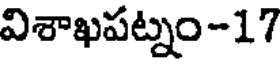
విశాఖపట్నం-17